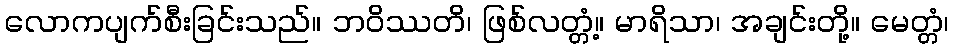
လောကပျက်စီးခြင်းသည်။ ဘဝိဿတိ၊ ဖြစ်လတ္တံ့။ မာရိသာ၊ အချင်းတို့။ မေတ္တံ၊